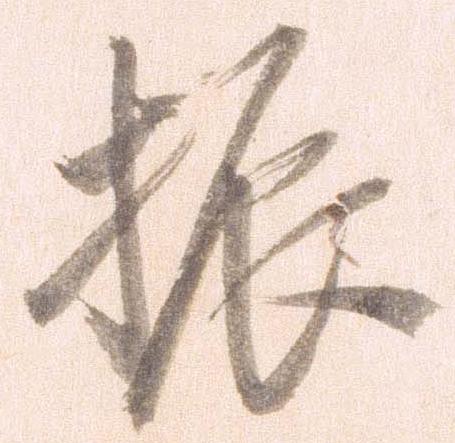
振